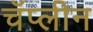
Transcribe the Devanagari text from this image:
चॅप्लीन